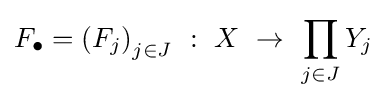
F_{\bullet }=\left(F_{j}\right)_{j\in J}~:~X~\to ~\prod _{j\in J}Y_{j}